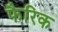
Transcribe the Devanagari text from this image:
फैरिक